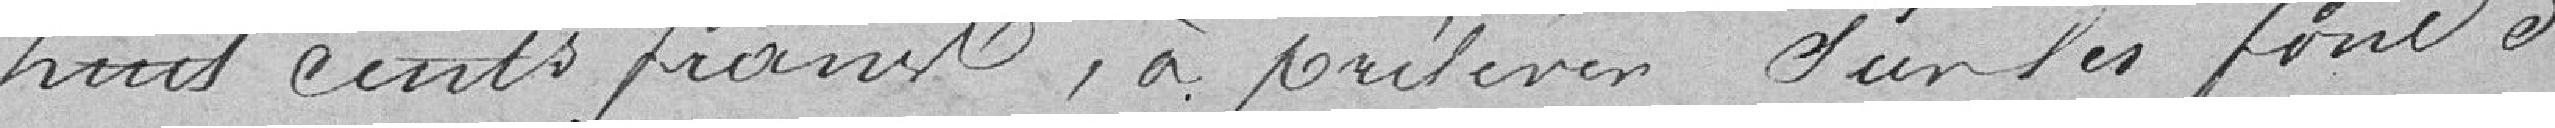
huit cents francs, à prélever d'un des fonds